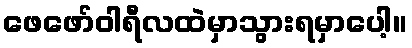
ဖေဖော်ဝါရီလထဲမှာသွားရမှာပေါ့။